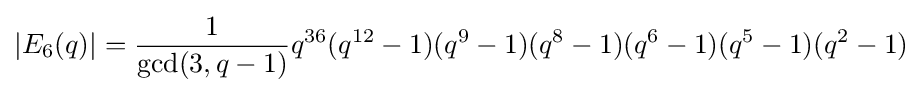
|E_{6}(q)|={\frac {1}{\mathrm {gcd} (3,q-1)}}q^{36}(q^{12}-1)(q^{9}-1)(q^{8}-1)(q^{6}-1)(q^{5}-1)(q^{2}-1)